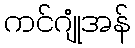
ကင်ဂျုံအန်